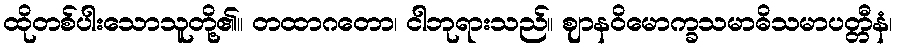
ထိုတစ်ပါးသောသူတို့၏။ တထာဂတော၊ ငါဘုရားသည်။ ဈာနဝိမောက္ခသမာဓိသမာပတ္တီနံ၊